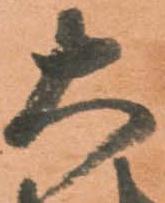
大